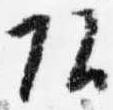
頭